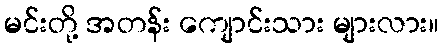
မင်းတို့ အတန်း ကျောင်းသား များလား။